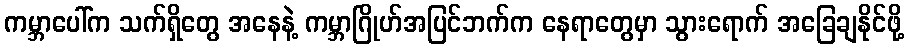
ကမ္ဘာပေါ်က သက်ရှိတွေ အနေနဲ့ ကမ္ဘာဂြိုဟ်အပြင်ဘက်က နေရာတွေမှာ သွားရောက် အခြေချနိုင်ဖို့